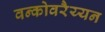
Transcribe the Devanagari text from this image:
वन्कोवरैय्यन